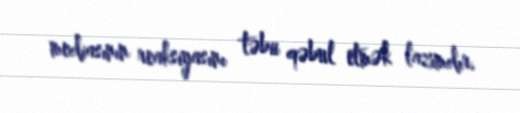
mediasının reaksiyasını təbii qəbul etmək lazımdır.